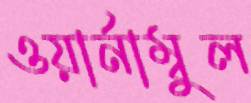
ওয়ার্নাম্বুল